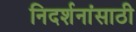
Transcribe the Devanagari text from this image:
निदर्शनांसाठी